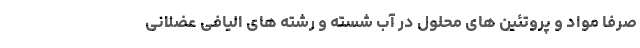
صرفا مواد و پروتئین های محلول در آب شسته و رشته های الیافی عضلانی